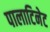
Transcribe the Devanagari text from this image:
पालाटिनेट